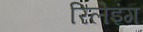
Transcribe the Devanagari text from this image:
रिलेइंग